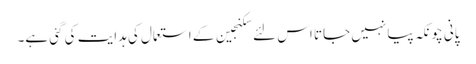
پانی چونکہ پیا نہیں جاتا اس لئے سکنجین کے استعمال کی ہدایت کی گئی ہے۔